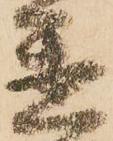
置